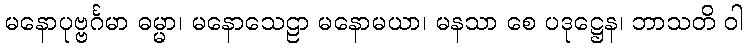
မနောပုဗ္ဗင်္ဂမာ ဓမ္မာ၊ မနောသေဠာ မနောမယာ၊ မနသာ စေ ပဒုဋ္ဌေန၊ ဘာသတိ ဝါ